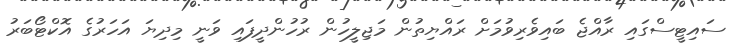
ސައިޓީސްގައި ރާއްޖެ ބައިވެރިވުމަށް ރައްޔިތުން މަޖިލީހުން ރުހުންދީފައި ވަނީ މިދިޔަ އަހަރުގެ އޮކްޓޯބަރު